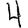
Digit: 4